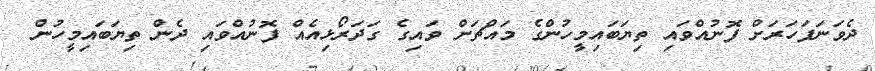
ދެވަނަފަހަރަށް ފޮނުއްވައި ތިޔަބައިމީހުންގެ މައްޗަށް ވައިގެ ގަދަރޯޅިއެއް ފޮނުއްވައި ދެން ތިޔަބައިމީހުން